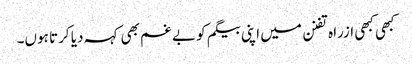
کبھی کبھی ازراہ تفنن میں اپنی بیگم کو بے غم بھی کہہ دیا کرتا ہوں۔